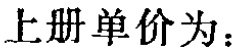
上册单价为：